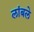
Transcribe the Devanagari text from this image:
लांबले